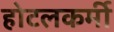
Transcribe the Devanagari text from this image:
होटलकर्मी